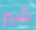
شبر